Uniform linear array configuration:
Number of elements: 32
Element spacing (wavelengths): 1
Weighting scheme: kaiser
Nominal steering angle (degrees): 30
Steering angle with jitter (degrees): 31.752
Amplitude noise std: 0.05
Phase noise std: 0.05

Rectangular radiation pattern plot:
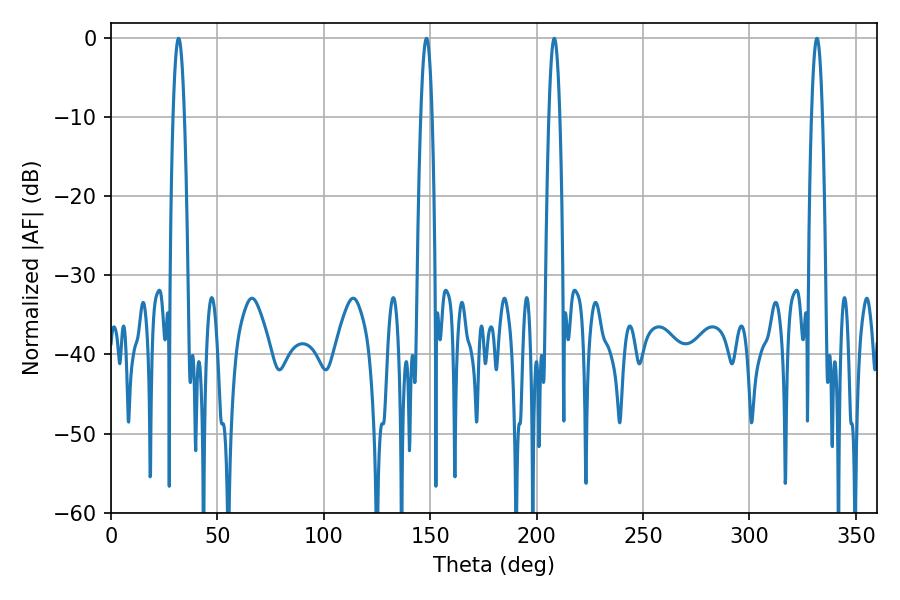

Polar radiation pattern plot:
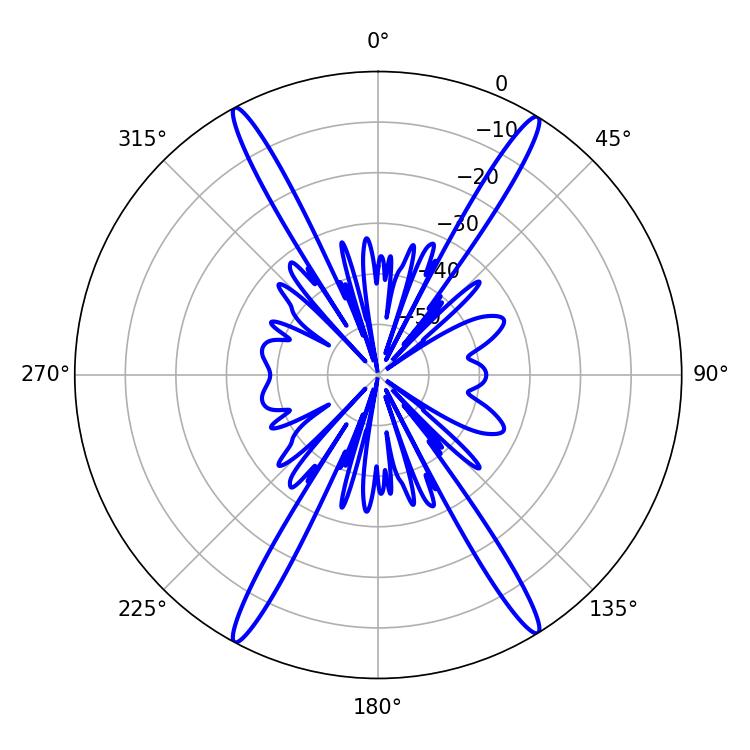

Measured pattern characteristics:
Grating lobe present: TRUE
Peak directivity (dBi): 24.123
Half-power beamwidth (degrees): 2.88
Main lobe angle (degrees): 208.26